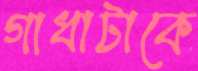
গাধাটাকে